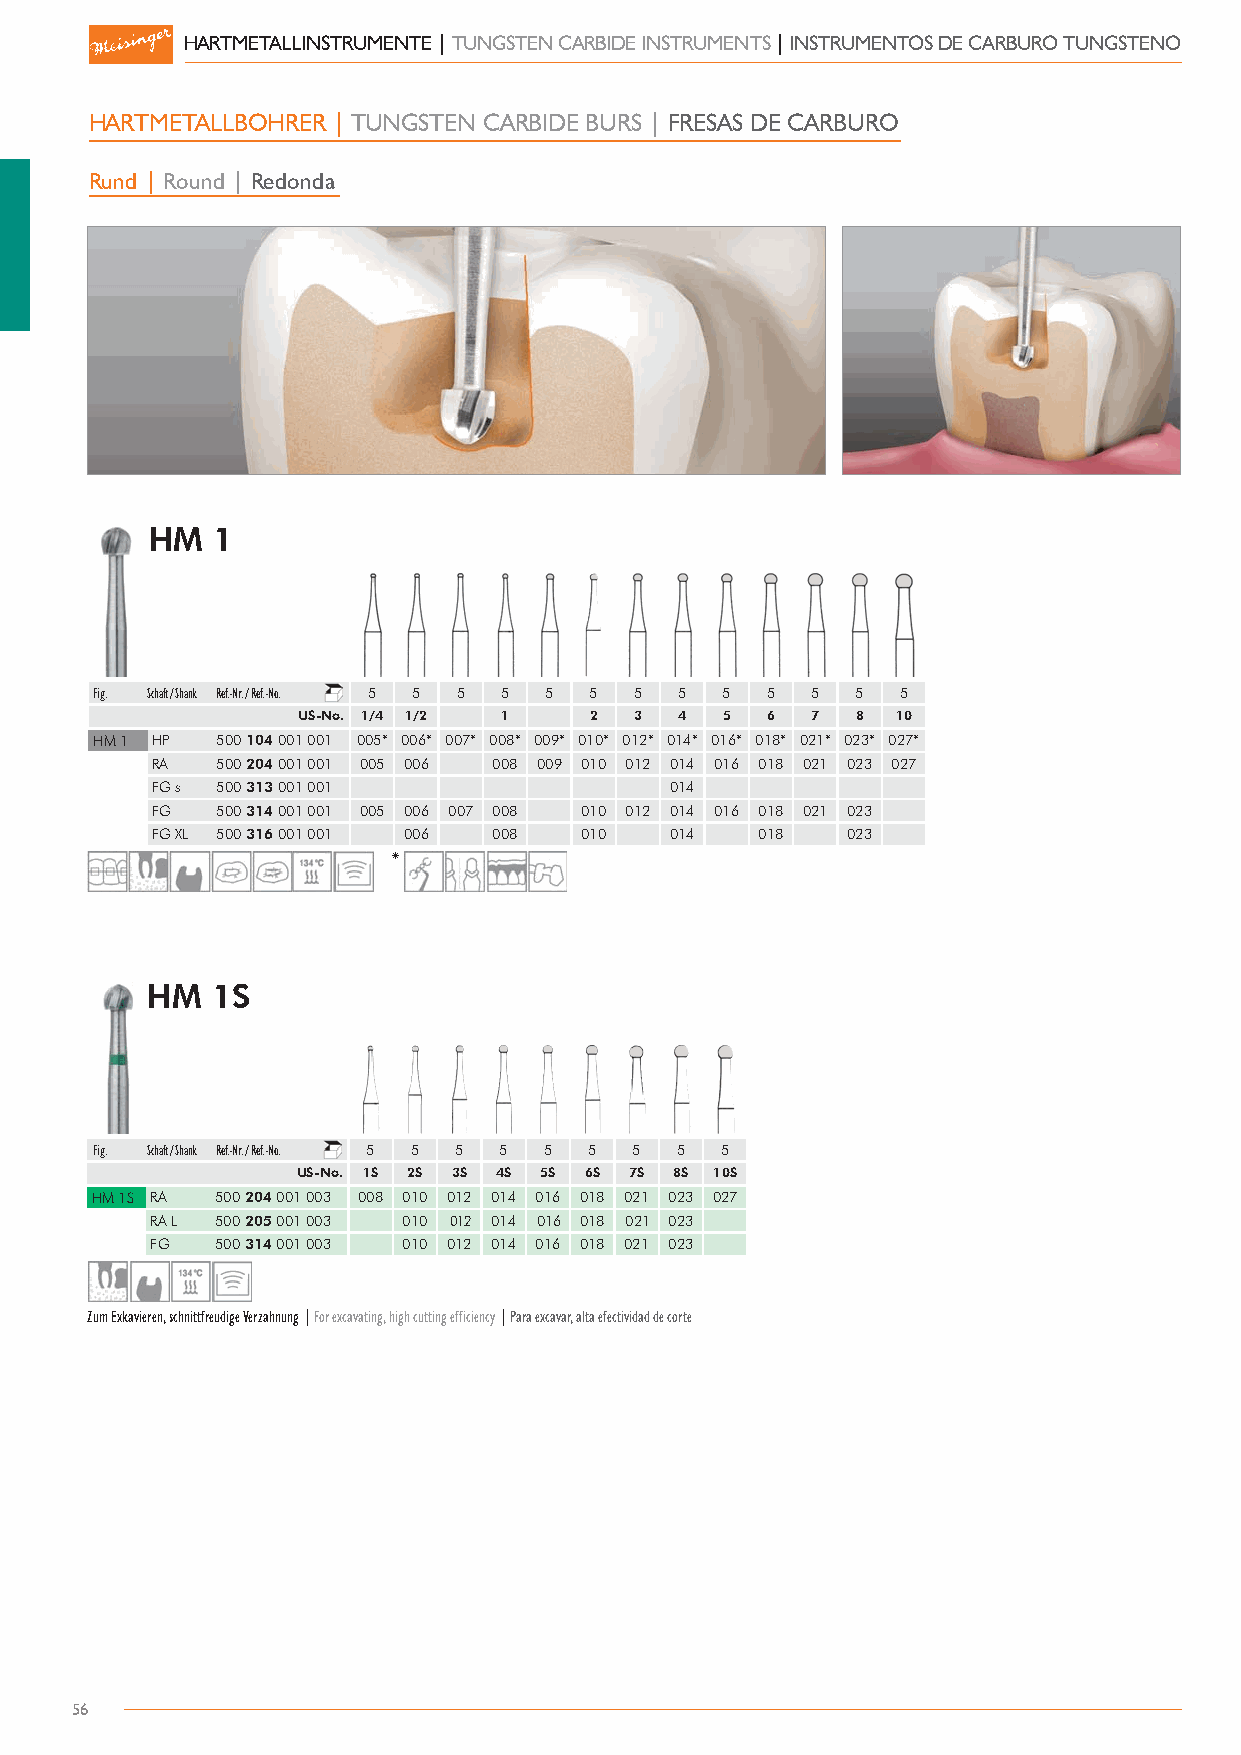
HARTMETALLINSTRUMENTE | TUNGSTEN CARBIDE INSTRUMENTS | INSTRUMENTOS DE CARBURO TUNGSTENO
 HARTMETALLBOHRER | TUNGSTEN CARBIDE BURS | FRESAS DE CARBURO
 Rund | Round | Redonda
 HM  1
 Fig. Schaft / Shank Ref.-Nr. / Ref.-No. 5 5 5 5 5 5 5 5 5 5 5 5 5
 US-No. 1/.4 1/.2 . 1. . 2. 3. 4. 5. 6. 7. 8. 1.0
 HM 1 HP 500 104 001 001 005* 006* 007* 008* 009* 010* 012* 014* 016* 018* 021* 023* 027*
 RA  500 204 001 001 005 006 008 009 010 012 014 016 018 021 023 027
 FG s 500 313 001 001              014
 FG  500 314 001 001 005 006 007 008 010 012 014 016 018 021 023
 FG XL 500 316 001 001 006 008 010 014   018   023
 *
 HM  1S
 Fig. Schaft / Shank Ref.-Nr. / Ref.-No. 5 5 5 5 5 5 5 5 5
 US-No. 1.S 2.S 3.S 4.S 5.S 6.S 7.S 8.S 10.S
 HM 1S RA 500 204 001 003 008 010 012 014 016 018 021 023 027
 RA L 500 205 001 003 010 012 014 016 018 021 023
 FG  500 314 001 003 010 012 014 016 018 021 023
 Zum Exkavieren, schnittfreudige Verzahnung | For excavating, high cutting efficiency | Para excavar, alta efectividad de corte
 56